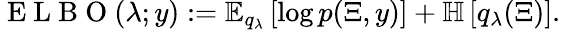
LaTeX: \mathrm{~E~L~B~O~}(\lambda;y):=\mathbb{E}_{q_{\lambda}}\left[\log p(\Xi,y)\right]+\mathbb{H}\left[q_{\lambda}(\Xi)\right].